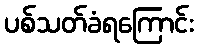
ပစ်သတ်ခံရကြောင်း